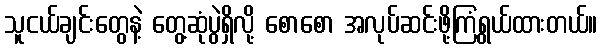
သူငယ်ချင်းတွေနဲ့ တွေ့ဆုံပွဲရှိလို့ စောစော အလုပ်ဆင်းဖို့ကြံရွယ်ထားတယ်။